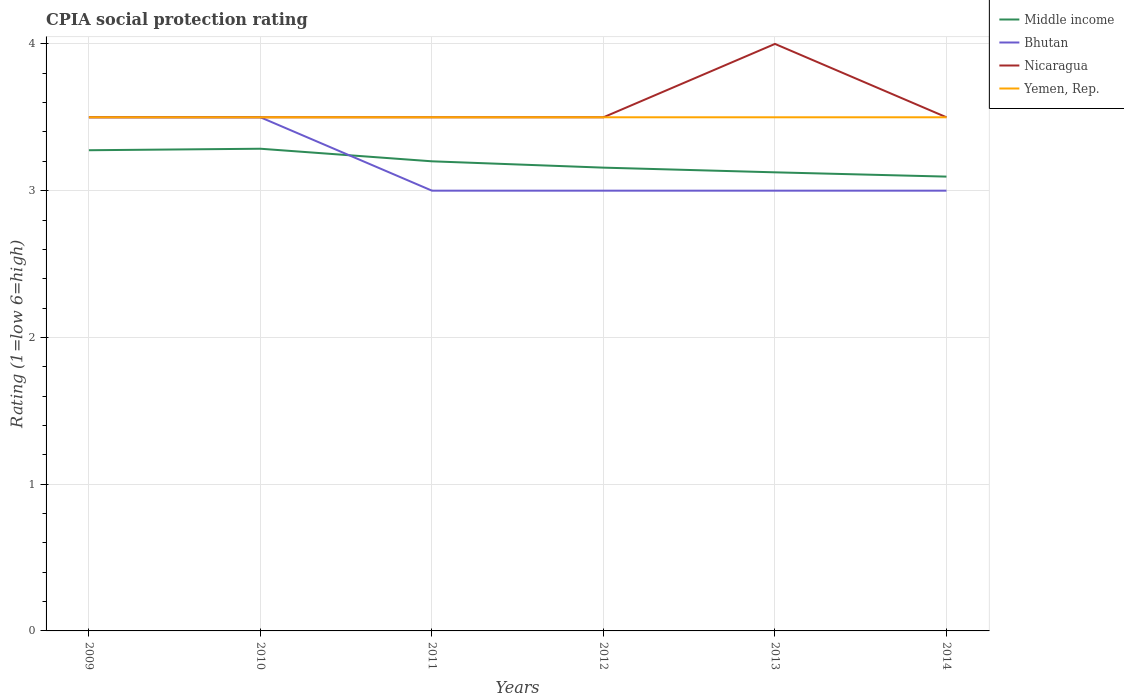
| Years | Middle income | Bhutan | Nicaragua | Yemen, Rep. |
 | --- | --- | --- | --- | --- |
 | 2009 | 3.28 | 3.5 | 3.5 | 3.5 |
 | 2010 | 3.29 | 3.5 | 3.5 | 3.5 |
 | 2011 | 3.2 | 3 | 3.5 | 3.5 |
 | 2012 | 3.16 | 3 | 3.5 | 3.5 |
 | 2013 | 3.12 | 3 | 4 | 3.5 |
 | 2014 | 3.1 | 3 | 3.5 | 3.5 |